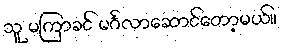
သူ မကြာခင် မင်္ဂလာဆောင်တော့မယ်။